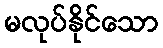
မလုပ်နိုင်သော